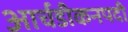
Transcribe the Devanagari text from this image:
आर्चडीकनपदी